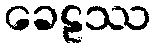
ခေဠဿ